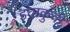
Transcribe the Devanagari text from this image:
इचाकुची